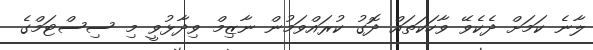
ލާނެ ކަމަށް ދެކެވޭ ވާހަކަތައް ދޮގު ކުރައްވަމުން ނާޒިމް ވިދާޅުވީ މި ސިސްޓަމްގެ